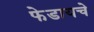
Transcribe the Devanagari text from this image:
फेडायचे